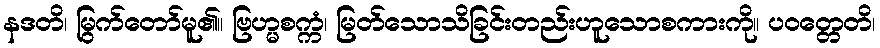
နဒတိ၊ မြွက်တော်မူ၏။ ဗြဟ္မစက္ကံ၊ မြတ်သောသိခြင်းတည်းဟူသောစကားကို။ ပဝတ္တေတိ၊